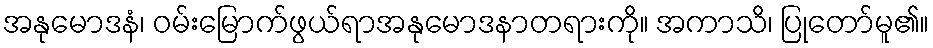
အနုမောဒနံ၊ ဝမ်းမြောက်ဖွယ်ရာအနုမောဒနာတရားကို။ အကာသိ၊ ပြုတော်မူ၏။